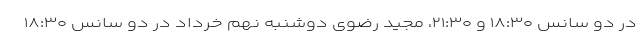
در دو سانس ۱۸:۳۰ و ۲۱:۳۰، مجید رضوی دوشنبه نهم خرداد در دو سانس ۱۸:۳۰